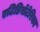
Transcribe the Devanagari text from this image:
एटिडिसेंटेरिका